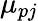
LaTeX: \mu_{pj}